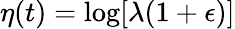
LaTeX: \eta(t)=\log[\lambda(1+\epsilon)]